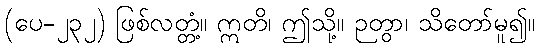
(ပေ-၂၃၂) ဖြစ်လတ္တံ့။ ဣတိ၊ ဤသို့။ ဉတွာ၊ သိတော်မူ၍။